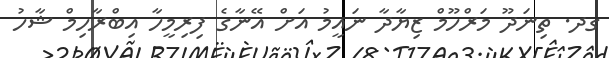
ގދ. ތިނަދޫ މަރްހޫމް ޒިޔާދާ ނައީމު އަށް އޭނާގެ ފިރިމީހާ އިބްރާހިމް ޝާހު